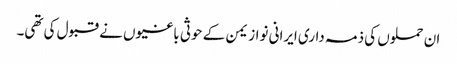
ان حملوں کی ذمہ داری ایرانی نواز یمن کے حوثی باغیوں نے قبول کی تھی۔